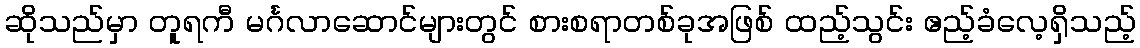
ဆိုသည်မှာ တူရကီ မင်္ဂလာဆောင်များတွင် စားစရာတစ်ခုအဖြစ် ထည့်သွင်း ဧည့်ခံလေ့ရှိသည့်